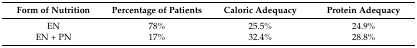
<table><thead><tr><td><b>Form of Nutrition</b></td><td><b>Percentage of Patients</b></td><td><b>Caloric Adequacy</b></td><td><b>Protein Adequacy</b></td></tr></thead><tbody><tr><td>EN</td><td>78%</td><td>25.5%</td><td>24.9%</td></tr><tr><td>EN + PN</td><td>17%</td><td>32.4%</td><td>28.8%</td></tr></tbody></table>